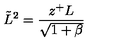
\tilde { L } ^ { 2 } = \frac { z ^ { + } L } { \sqrt { 1 + \beta } }